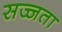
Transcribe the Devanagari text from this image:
सज्जता